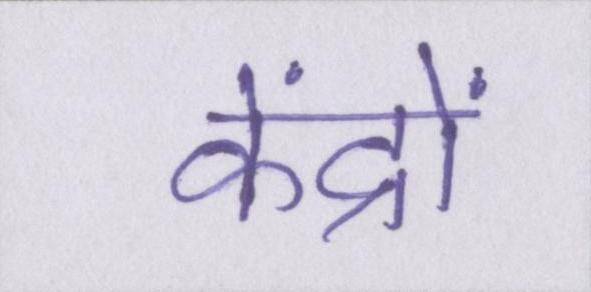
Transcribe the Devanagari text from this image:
केंद्रों